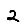
Digit: 2